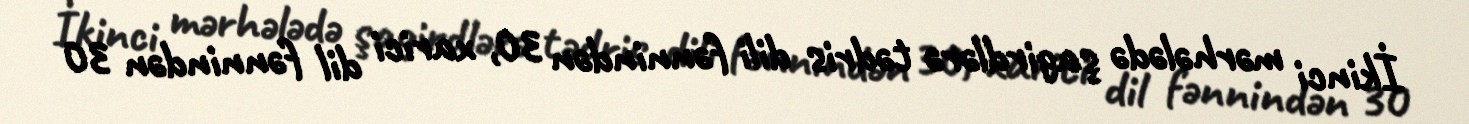
İkinci mərhələdə şagirdlərə tədris dili fənnindən 30, xarici dil fənnindən 30